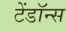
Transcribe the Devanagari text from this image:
टेंडॉन्स